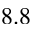
8 . 8